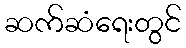
ဆက်ဆံရေးတွင်